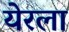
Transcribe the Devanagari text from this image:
येरला